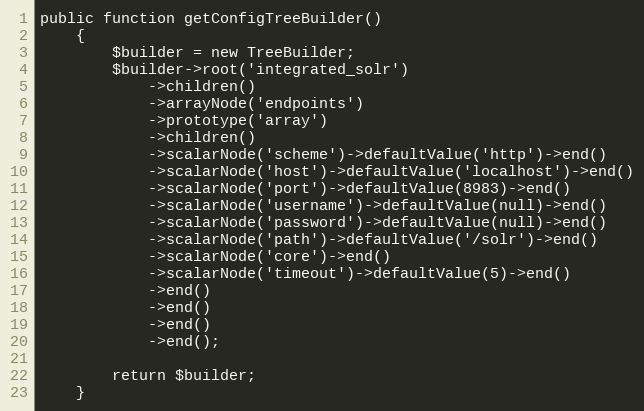
Language: PHP
public function getConfigTreeBuilder()
    {
        $builder = new TreeBuilder;
        $builder->root('integrated_solr')
            ->children()
            ->arrayNode('endpoints')
            ->prototype('array')
            ->children()
            ->scalarNode('scheme')->defaultValue('http')->end()
            ->scalarNode('host')->defaultValue('localhost')->end()
            ->scalarNode('port')->defaultValue(8983)->end()
            ->scalarNode('username')->defaultValue(null)->end()
            ->scalarNode('password')->defaultValue(null)->end()
            ->scalarNode('path')->defaultValue('/solr')->end()
            ->scalarNode('core')->end()
            ->scalarNode('timeout')->defaultValue(5)->end()
            ->end()
            ->end()
            ->end()
            ->end();

        return $builder;
    }